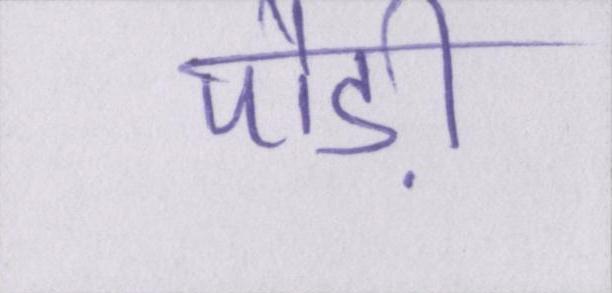
पौड़ी